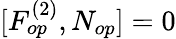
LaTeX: [F_{op}^{(2)},N_{op}]=0